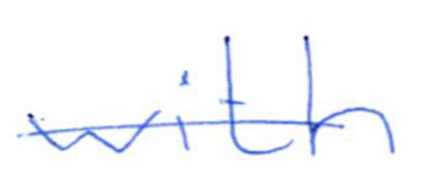
Text: with
Cross-out: single-line
Writing tool: ballpoint